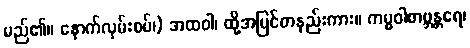
မည်၏။ နောက်လှမ်းစပ်၊) အထဝါ၊ ထို့အပြင်တနည်းကား။ ကမ္မဝါစာဗ္ဘန္တရေ၊